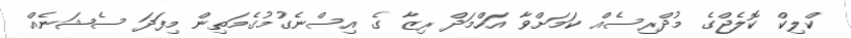
ކްލިކް ކޮލެޖްގެ މުދްރިސެއް ކަމަށްވާ އަހްމަދް ރިޒާ ގެ އިސްނެގުމުގެމަތިން މިފަދަ ސެޝަނެއް